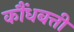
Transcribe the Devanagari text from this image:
कौंधबत्ती